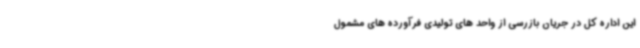
این اداره کل در جریان بازرسی از واحد های تولیدی فرآورده های مشمول